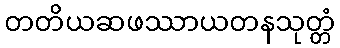
တတိယဆဖဿာယတနသုတ္တံ